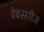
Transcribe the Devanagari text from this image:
वेबसरीज